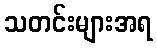
သတင်းများအရ